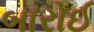
બારોઈ